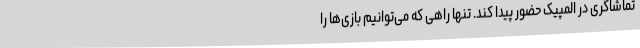
تماشاگری در المپیک حضور پیدا کند. تنها راهی که می‌توانیم بازی‌ها را